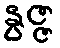
နွဇ္ဇ